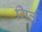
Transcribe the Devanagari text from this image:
गिर्ल